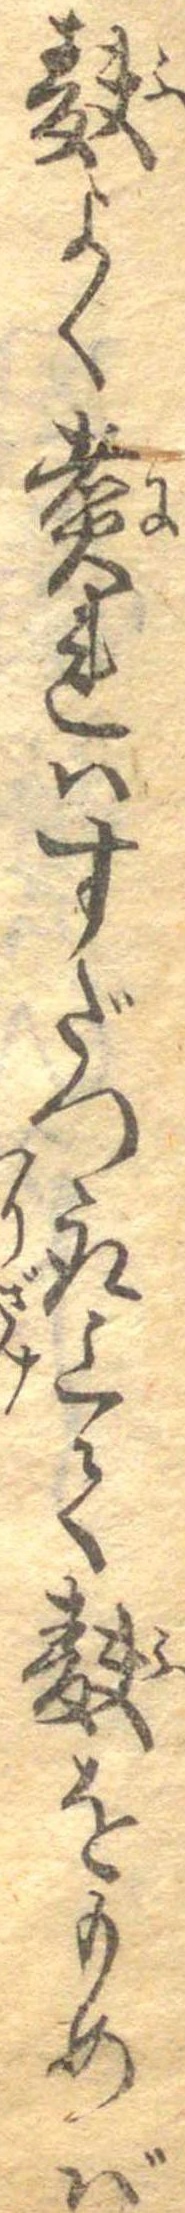
麩よく煮れはすだつ取上て麩をもめば